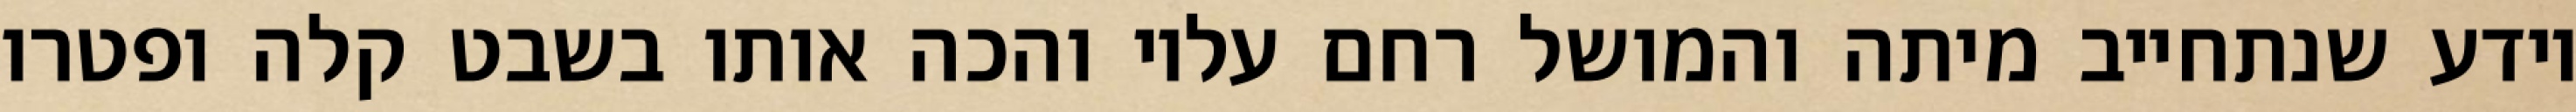
יודע שנתחייב מיתה והמושל רחם עליו והכה אותו בשבט קלה ופטרו